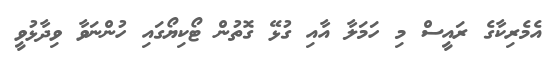
އެމެރިކާގެ ރައީސް މި ހަމަލާ އާއި ގުޅޭ ގޮތުން ޓޯކިޔޯގައި ހުންނަވާ ވިދާޅުވީ